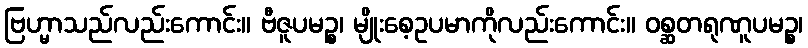
ဗြဟ္မာသည်လည်းကောင်း။ ဗီဇူပမဉ္စ၊ မျိုးစေ့ဥပမာကိုလည်းကောင်း။ ဝစ္ဆတရုဏူပမဉ္စ၊